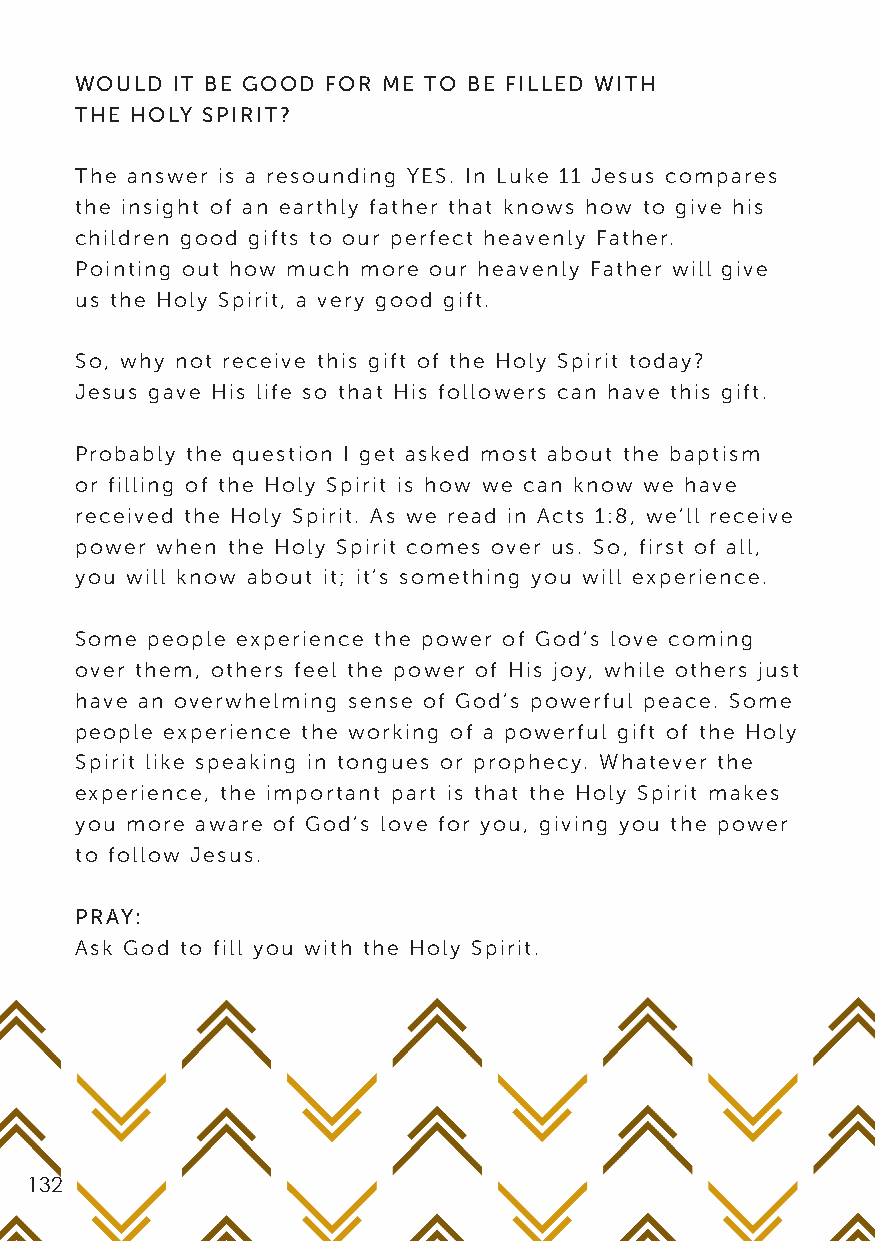
WOULD IT BE GOOD FOR ME TO BE FILLED WITH
 THE HOLY SPIRIT?
 The answer is a resounding YES. In Luke 11 Jesus compares
 the insight of an earthly father that knows how to give his
 children good gifts to our perfect heavenly Father.
 Pointing out how much more our heavenly Father will give
 us the Holy Spirit, a very good gift.
 So, why not receive this gift of the Holy Spirit today?
 Jesus gave His life so that His followers can have this gift.
 Probably the question I get asked most about the baptism
 or filling of the Holy Spirit is how we can know we have
 received the Holy Spirit. As we read in Acts 1:8, we’ll receive
 power when the Holy Spirit comes over us. So, first of all,
 you will know about it; it’s something you will experience.
 Some people experience the power of God’s love coming
 over them, others feel the power of His joy, while others just
 have an overwhelming sense of God’s powerful peace. Some
 people experience the working of a powerful gift of the Holy
 Spirit like speaking in tongues or prophecy. Whatever the
 experience, the important part is that the Holy Spirit makes
 you more aware of God’s love for you, giving you the power
 to follow Jesus.
 PRAY:
 Ask God to fill you with the Holy Spirit.
 132